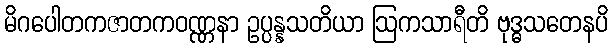
မိဂပေါတကဇာတကဝဏ္ဏနာ ဥပ္ပန္နသတိယာ ဩကသာရီတိ ဗုဒ္ဓသတေနပိ